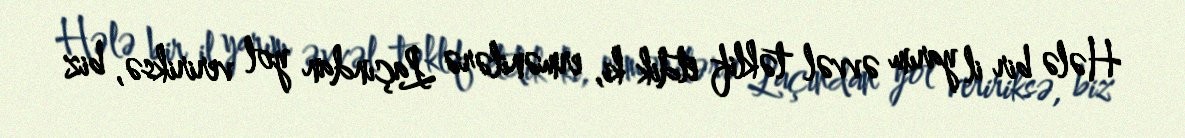
Hələ bir il yarım əvvəl təklif etdik ki, ermənilərə Laçından yol veririksə, biz